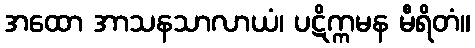
အထော အာသနသာလာယံ၊ ပဋိက္ကမန မီရိတံ။